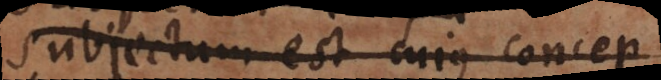
Subjectum est cujus concep